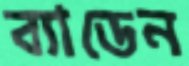
ব্যাডেন